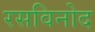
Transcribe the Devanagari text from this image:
रसविनोद